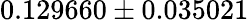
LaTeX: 0.129660\pm 0.035021